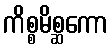
ကိစ္စမိစ္ဆကော